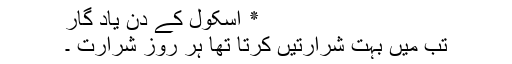
٭ اسکول کے دن یاد گار
تب میں بہت شرارتیں کرتا تھا ہر روز شرارت ۔